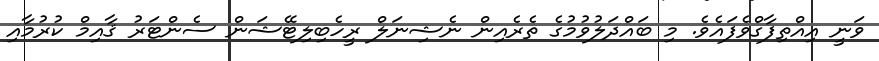
ވަނީ އިއްތިފާގްވެފައެވެ. މި ބައްދަލުވުމުގެ ތެރެއިން ނެޝިނަލް ރީހެބިލިޓޭޝަން ސެންޓަރު ޤާއިމް ކުރުމާއި